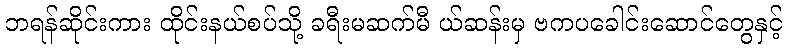
ဘရန်ဆိုင်းကား ထိုင်းနယ်စပ်သို့ ခရီးမဆက်မီ ယ်ဆန်းမှ ဗကပခေါင်းဆောင်တွေနှင့်